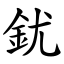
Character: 䤞